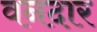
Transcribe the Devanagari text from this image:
वनदार